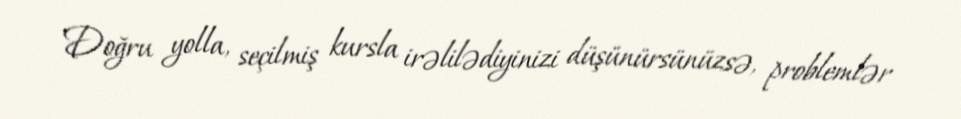
Doğru yolla, seçilmiş kursla irəlilədiyinizi düşünürsünüzsə, problemlər